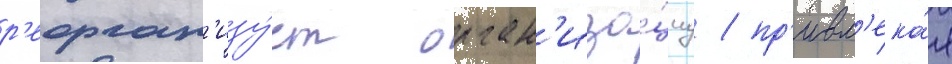
р'еорган'изу́ет орган'иза́циу / пр'ивл'ека́я